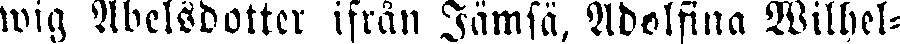
wig Abelsdotter ifrån Jämsä. Adolfina Wilhel-